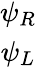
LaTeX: \begin{array}{c}{{\psi_{R}}}\\ {{\psi_{L}}}\end{array}